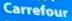
Carrefour